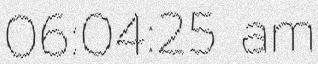
06:04:25 am